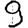
Digit: 9